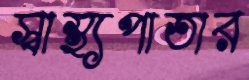
স্বাস্থ্যপাতার